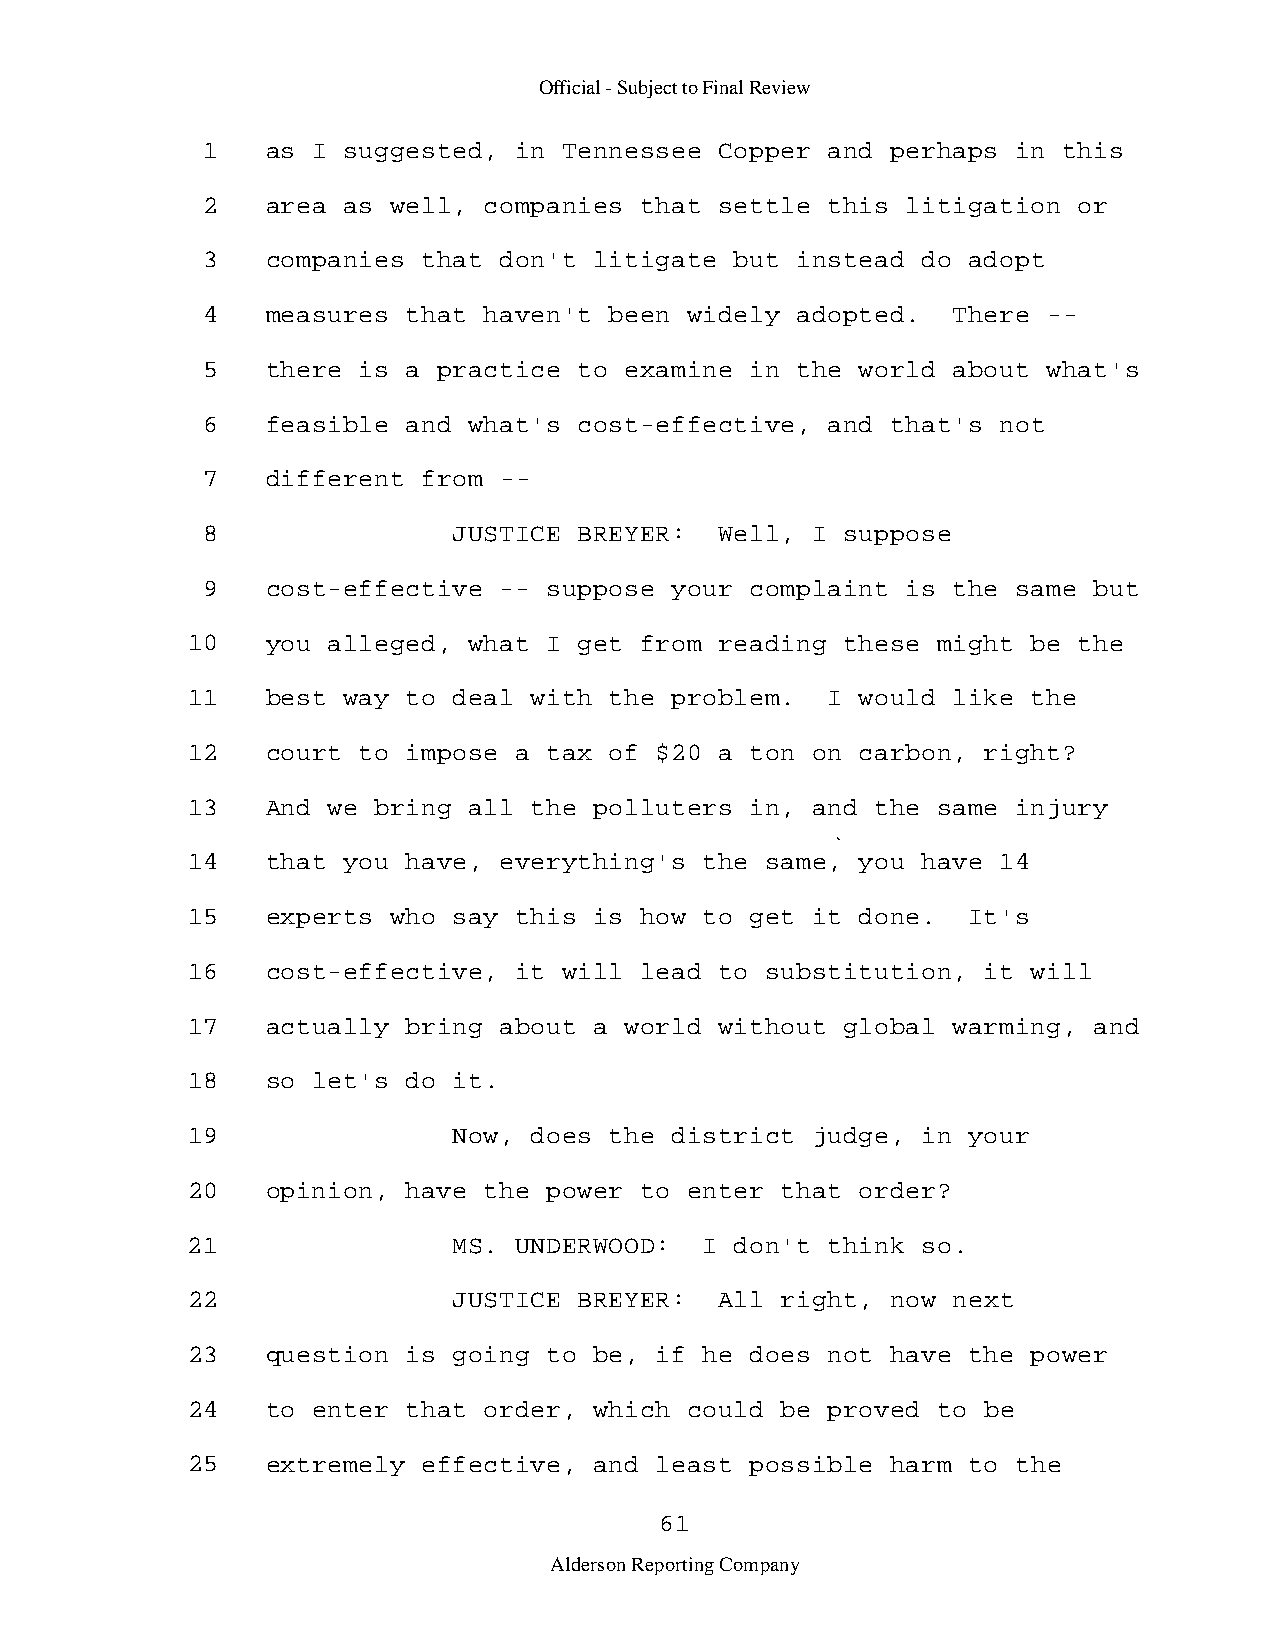
Official - Subject to Final Review
 1    as I suggested, in Tennessee  Copper and perhaps in this
 2    area as well, companies that  settle this litigation or
 3    companies that don't litigate  but instead do adopt
 4    measures that haven't been  widely adopted.  There -­
 5    there is a practice to examine  in the world about what's
 6    feasible and what's cost-effective,  and that's not
 7    different from -­
 8                JUSTICE BREYER:   Well, I suppose
 9    cost-effective -- suppose your  complaint is the same but
 10    you alleged, what I get from  reading these might be the
 11    best way to deal with the problem.   I would like the
 12    court to impose a tax of $20  a ton on carbon, right?
 13    And we bring all the polluters  in, and the same injury
 14    that you have, everything's  the same, you have 14
 15    experts who say this is how  to get it done.  It's
 16    cost-effective, it will lead  to substitution, it will
 17    actually bring about a world  without global warming, and
 18    so let's do it.
 19                Now, does the district  judge, in your
 20    opinion, have the power to  enter that order?
 21                MS. UNDERWOOD:   I don't think so.
 22                JUSTICE BREYER:   All right, now next
 23    question is going to be, if  he does not have the power
 24    to enter that order, which  could be proved to be
 25    extremely effective, and least  possible harm to the
 61
 Alderson Reporting Company